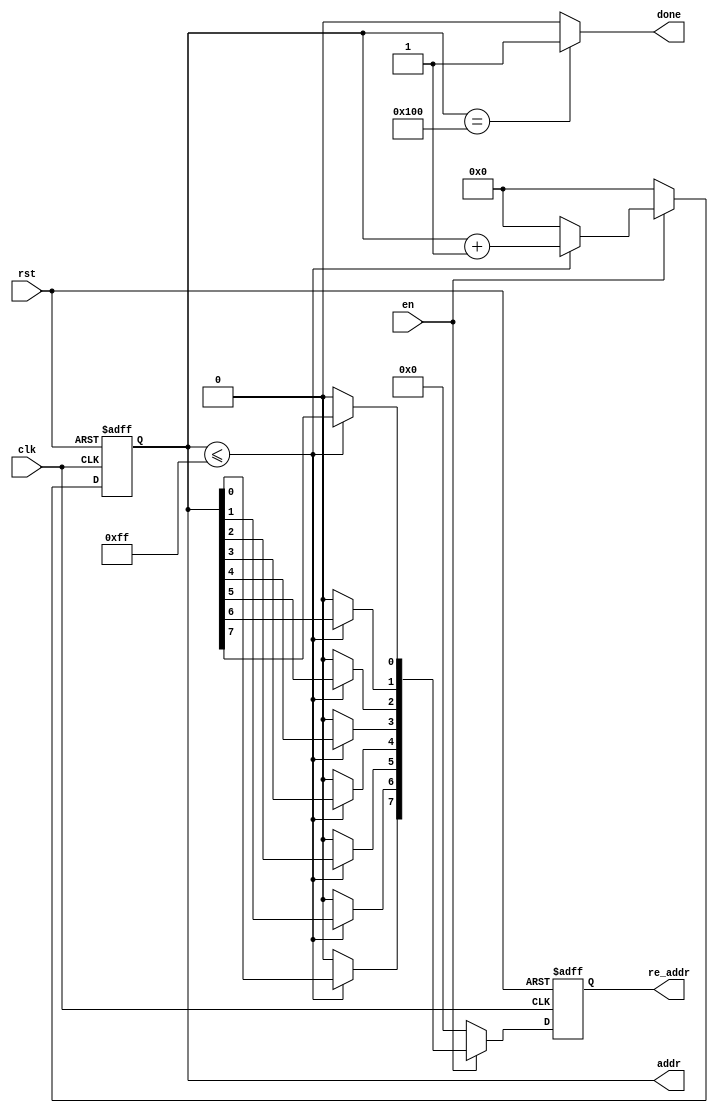
module gen_addr(
	input clk,rst,en,
	output done,
	output reg[8:0] addr,
	output reg[7:0] re_addr
);

//	reg[8:0] addr;
	reg[3:0] i;
	
	always @(posedge clk or negedge rst)
	begin
		if (rst == 1'b0)
		begin
			addr <= 9'h0;
			re_addr <= 8'h0;
		end
		else
		begin
			if (en)
			begin
				if(addr <= 9'd255)
				begin
					for(i=4'h0;i<4'h8;i=i+4'h1)
					begin
						re_addr[i] = addr[4'h7-i];
					end				
					addr=addr+1;	
				end
				else
				begin
					addr <= 9'h0;
					re_addr <= 8'h0;
				end
			end
			else
			begin
				addr <= 9'h0;
				re_addr <= 8'h0;				
			end
		end	
	end
	
	assign done = (addr==9'd256)? 1:0;
	

	
	

endmodule